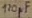
Text: 120µF